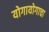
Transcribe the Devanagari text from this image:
योगायोगाचा